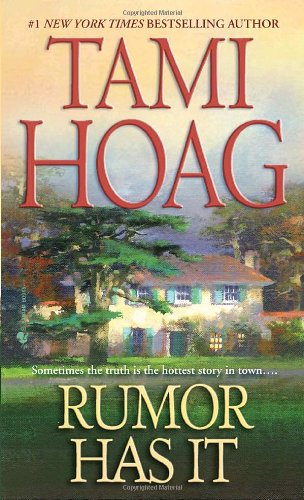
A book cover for Rumor Has It; Tami Hoag; Romance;